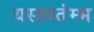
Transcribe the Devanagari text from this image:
यस्तस्तंम्भ